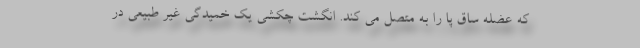
که عضله ساق پا را به متصل می کند. انگشت چکشی یک خمیدگی غیر طبیعی در